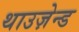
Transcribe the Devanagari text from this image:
थाउज़ेन्ड